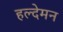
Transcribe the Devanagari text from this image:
हल्देमन